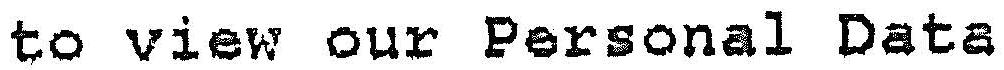
TO VIEW OUR PERSONAL DATA